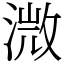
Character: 溦